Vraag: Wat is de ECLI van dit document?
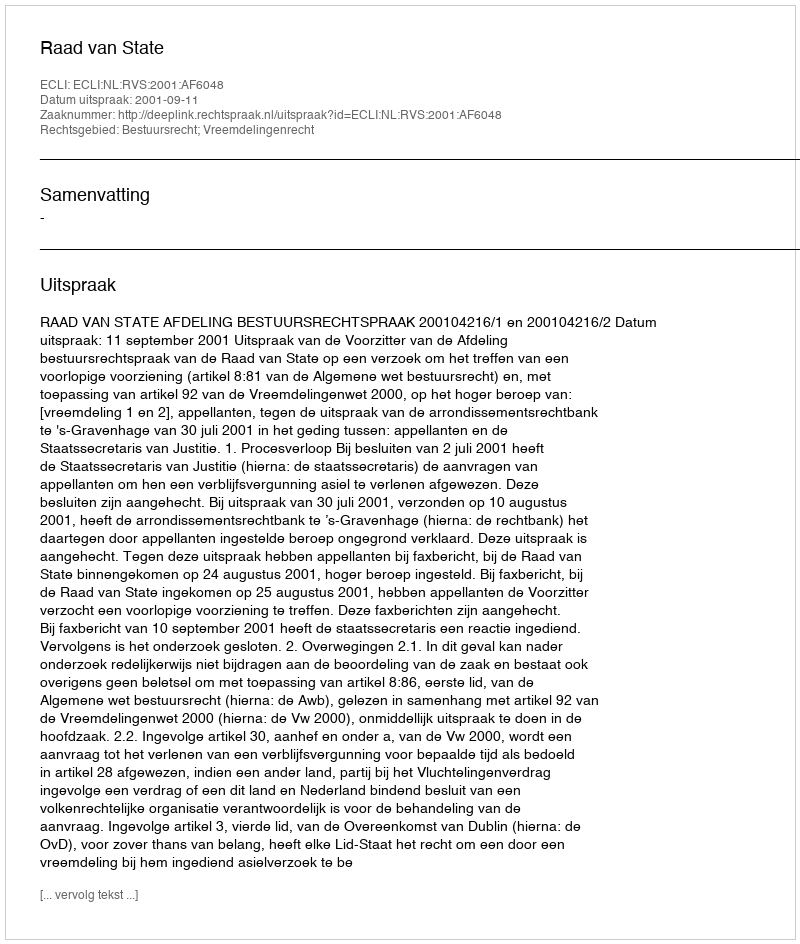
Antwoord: ECLI:NL:RVS:2001:AF6048